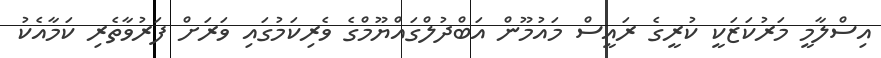
އިސްލާމީ މަރުކަޒަކީ ކުރީގެ ރައީސް މައުމޫން އަބްދުލްގައްޔޫމްގެ ވެރިކަމުގައި ވަރަށް ފަރުވާތެރި ކަމާއެކު